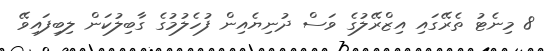
8 މިނެޓު ތެރޭގައި އިޒްރޭލުގެ ވަސް ދުނިޔެއިން ފުހެލުމުގެ ގާބިލުކަން ލިބިފައިވޭ